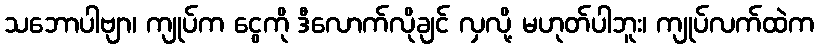
သဘောပါဗျာ၊ ကျုပ်က ငွေကို ဒီလောက်လိုချင် လှလို့ မဟုတ်ပါဘူး၊ ကျုပ်လက်ထဲက